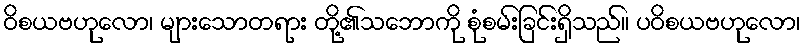
ဝိစယဗဟုလော၊ များသောတရား တို့၏သဘောကို စုံစမ်းခြင်းရှိသည်။ ပဝိစယဗဟုလော၊